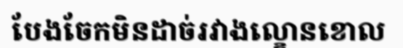
បែងចែកមិនដាច់រវាងល្ខោនខោល